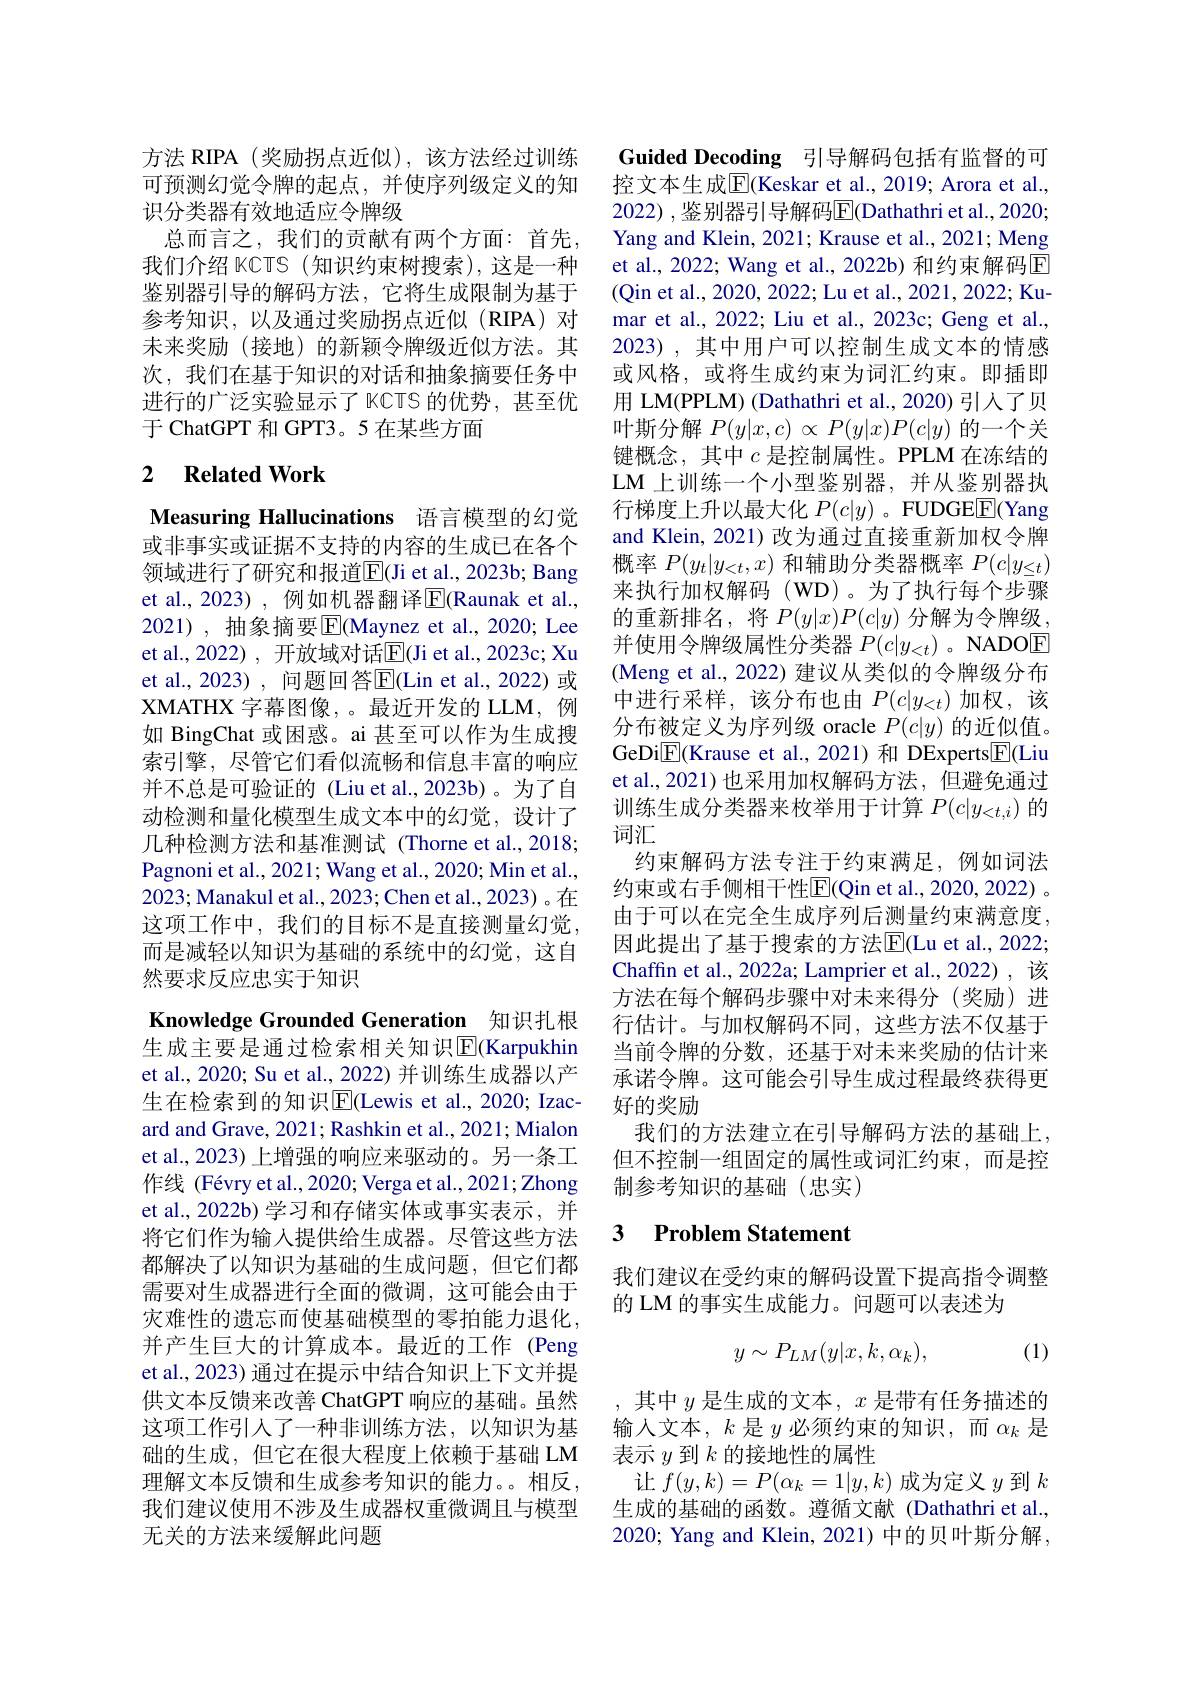
方法 RIPA (奖励拐点近似),该方法经过训练可预测幻觉令牌的起点，并使序列级定义的知识分类器有效地适应令牌级
总而言之，我们的贡献有两个方面：首先， 我们介绍 KCTS (知识约束树搜索),这是一种鉴别器引导的解码方法，它将生成限制为基于参考知识，以及通过奖励拐点近似(RIPA)对未来奖励(接地)的新颖令牌级近似方法。其次，我们在基于知识的对话和抽象摘要任务中进行的广泛实验显示了 KCTS 的优势，甚至优于 ChatGPT 和 GPT3。5 在某些方面

## 2 Related Work

Measuring Hallucinations 语言模型的幻觉

或非事实或证据不支持的内容的生成已在各个领域进行了研究和报道$\overline{\mathbb{E}}($Ji et al., 2023b; Bang et al., 2023) , 例如机器翻译$\operatorname{E}($Raunak et al., 2021), 抽象摘要$\boxed{\mathrm{E}}$(Maynez et al., 2020; Lee et al.,2022) ,开放域对话$\overline{\mathrm{E}}$(Ji et al.,2023c; Xu et al., 2023) , 问题回答$\overline{\mathrm{E}}($Lin et al., 2022) 或XMATHX 字幕图像，。最近开发的 LLM, 例如 BingChat 或困惑。ai 甚至可以作为生成搜索引擎，尽管它们看似流畅和信息丰富的响应并不总是可验证的 (Liu et al.,2023b)。为了自动检测和量化模型生成文本中的幻觉，设计了几种检测方法和基准测试(Thorne et al.,2018; Pagnoni et al., 2021; Wang et al., 2020; Min et al., 2023; Manakul et al., 2023; Chen et al., 2023) 。在这项工作中，我们的目标不是直接测量幻觉， 而是减轻以知识为基础的系统中的幻觉，这自然要求反应忠实于知识

Knowledge Grounded Generation 知识扎根生成主要是通过检索相关知识$\overline{\mathbb{E}}($Karpukhin et al., 2020; Su et al., 2022) 并训练生成器以产生在检索到的知识$\boxed{\mathrm{E}}($Lewis et al., 2020; Izacard and Grave, 2021; Rashkin et al., 2021; Mialon et al., 2023) 上增强的响应来驱动的。另一条工作线 (Févry et al.,2020; Verga et al., 2021; Zhong et al., 2022b) 学习和存储实体或事实表示，并将它们作为输入提供给生成器。尽管这些方法都解决了以知识为基础的生成问题，但它们都需要对生成器进行全面的微调，这可能会由于灾难性的遗忘而使基础模型的零拍能力退化， 并产生巨大的计算成本。最近的工作 (Peng et al., 2023) 通过在提示中结合知识上下文并提供文本反馈来改善 ChatGPT 响应的基础。虽然这项工作引人了一种非训练方法，以知识为基础的生成，但它在很大程度上依赖于基础 LM 理解文本反馈和生成参考知识的能力。。相反我们建议使用不涉及生成器权重微调且与模型无关的方法来缓解此问题

Guided Decoding 引导解码包括有监督的可控文本生成$\overline{\mathrm{E}}$(Keskar et al., 2019; Arora et al., 2022) ,鉴别器引导解码$\overline{\mathrm{E}}($Dathathri et al.,2020; Yang and Klein, 2021; Krause et al., 2021; Meng et al., 2022; Wang et al., 2022b) 和约束解码E (Qin et al., 2020, 2022; Lu et al., 2021, 2022; Kumar et al., 2022; Liu et al., 2023c; Geng et al., 2023), 其中用户可以控制生成文本的情感或风格，或将生成约束为词汇约束。即插即用 LM(PPLM) (Dathathri et al., 2020) 引入了贝叶斯分解$P(y|x,c)\propto P(y|x)P(c|y)$的一个关键概念，其中$c$是控制属性。PPLM 在冻结的LM 上训练一个小型鉴别器，并从鉴别器执行梯度上升以最大化$P(c|y)$ 。FUDGEE(Yang and Klein, 2021) 改为通过直接重新加权令牌概率$P(y_t|y_{<t},x)$和辅助分类器概率$P(c|y_{\leq t})$ 来执行加权解码(WD)。为了执行每个步骤的重新排名，将$P(y|x)P(c|y)$ 分解为令牌级， 并使用令牌级属性分类器$P(c|y_{<t})$ 。NADOE (Meng et al., 2022) 建议从类似的令牌级分布中进行采样，该分布也由$P(c|y_{<t})$加权，该分布被定义为序列级 oracle $P(c|y)$的近似值。GeDi$\underline{\mathrm{E}}($Krause et al.,2021)和 DExperts$\underline{\mathrm{E}}($Liu et al.,2021)也采用加权解码方法，但避免通过训练生成分类器来枚举用于计算$P(c|y_{<t,i})$的词汇
约束解码方法专注于约束满足，例如词法约束或右手侧相干性$\overline{\mathrm{E}}($Qin et al., 2020, 2022) 。由于可以在完全生成序列后测量约束满意度， 因此提出了基于搜索的方法$\overline{\mathrm{E}}($Lu et al., 2022; Chaffin et al., 2022a; Lamprier et al., 2022), 该方法在每个解码步骤中对未来得分(奖励)进行估计。与加权解码不同，这些方法不仅基于当前令牌的分数，还基于对未来奖励的估计来承诺令牌。这可能会引导生成过程最终获得更好的奖励
我们的方法建立在引导解码方法的基础上， 但不控制一组固定的属性或词汇约束，而是控制参考知识的基础(忠实)

## 3 Problem Statement

我们建议在受约束的解码设置下提高指令调整
的 LM 的事实生成能力。问题可以表述为

(1)
$$y\sim P_{LM}(y|x,k,\alpha_{k}),$$
,其中$y$是生成的文本$,x$是带有任务描述的输入文本，$k$是$y$必须约束的知识，而$\alpha_k$是表示$y$到$k$的接地性的属性
让$f(y,k)=P(\alpha_k=1|y,k)$成为定义$y$到$k$ 生成的基础的函数。遵循文献 (Dathathri et al., 2020; Yang and Klein, 2021) 中的贝叶斯分解，